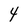
Character: 4